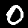
Digit: 0